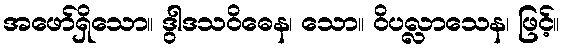
အဖော်ရှိသော။ ဒွါဒသဝိဓေန၊ သော။ ဝိပလ္လာသေန၊ ဖြင့်။